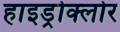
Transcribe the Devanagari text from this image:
हाइड्रोक्लोर